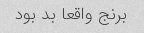
برنج واقعا بد بود